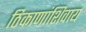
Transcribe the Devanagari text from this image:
ठिकाणांशिवाय